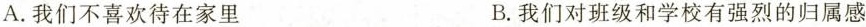
A.我们不喜欢待在家里 B.我们对班级和学校有强烈的归属感